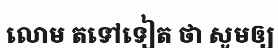
លោម តទៅទៀត ថា សូមឲ្យ